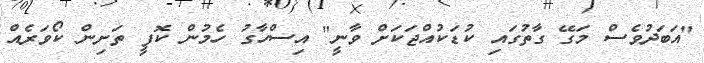
"އަބަދުވެސް މަގޭ ގާތުގައި ކުޑަކުއްޖަކަށް ވާނީ" އިސްހާގު ހެމުން ކޮފީ ތަށިން ކޯވަރެއް